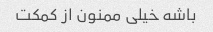
باشه خیلی ممنون از کمکت